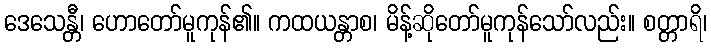
ဒေသေန္တီ၊ ဟောတော်မူကုန်၏။ ကထယန္တာစ၊ မိန့်ဆိုတော်မူကုန်သော်လည်း။ စတ္တာရိ၊